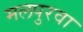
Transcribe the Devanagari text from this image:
मलपुरवा